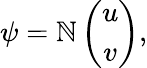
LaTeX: \psi=\mathbb{N}\left(\begin{array}{c}{{u}}\\ {{v}}\end{array}\right),